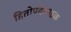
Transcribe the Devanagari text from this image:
हितोपदेशाष्टक